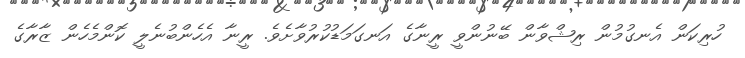
ހުރިކަން އެނގުމުން ރިޝްވާން ބޭނުންވީ ރީނާގެ އަނގަމަޑުކުރުވާށެވެ. ރީނާ އެހެންބުނެލީ ކޮންމެހެން ޒާރާގެ